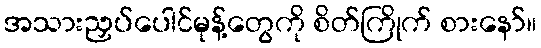
အသားညှပ်ပေါင်မုန့်တွေကို စိတ်ကြိုက် စားနော်။